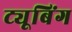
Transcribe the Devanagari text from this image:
ट्यूबिंग